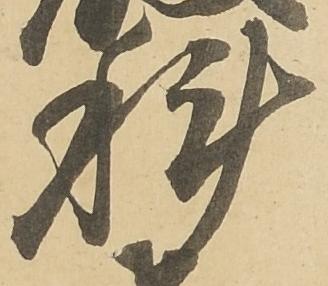
科